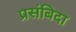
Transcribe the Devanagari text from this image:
प्रसंबिदा